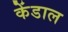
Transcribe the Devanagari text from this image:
केंडाल